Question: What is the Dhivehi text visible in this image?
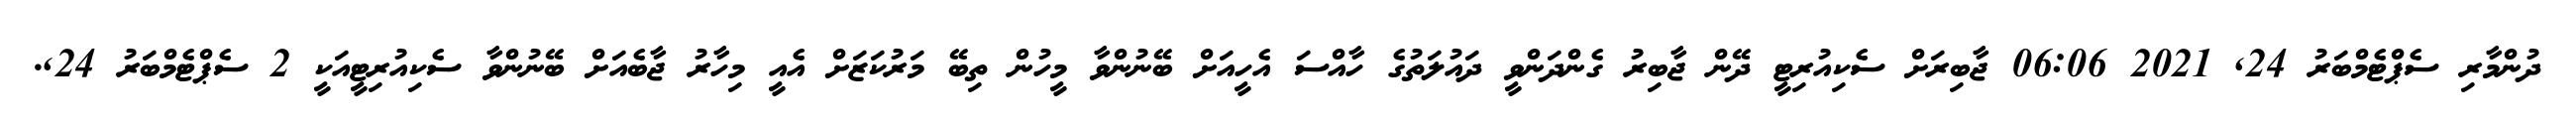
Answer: ދުންމާރި ސެޕްޓެމްބަރު 24, 2021 06:06 ޖާބިރަށް ސެކިއުރިޓީ ދޭން ޖާބިރު ގެންދަންވީ ދައުލަތުގެ ހާއްސަ އެހީއަށް ބޭނުންވާ މީހުން ތިބޭ މަރުކަޒަށް އެއީ މިހާރު ޖާބެއަށް ބޭނުންވާ ސެކިއުރިޓީއަކީ 2 ސެޕްޓެމްބަރު 24,.